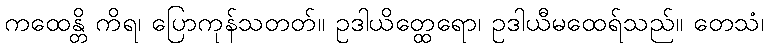
ကထေန္တိ ကိရ၊ ပြောကုန်သတတ်။ ဥဒါယိတ္ထေရော၊ ဥဒါယီမထေရ်သည်။ တေသံ၊